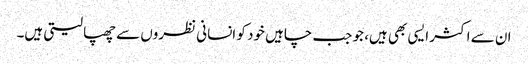
ان سے اکثر ایسی بھی ہیں، جو جب چاہیں خود کو انسانی نظروں سے چھپا لیتی ہیں۔